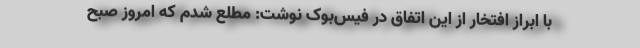
با ابراز افتخار از این اتفاق در فیس‌بوک نوشت: مطلع شدم که امروز صبح